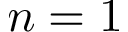
n = 1